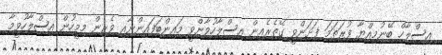
އިސްލާހް ބޭނުމިއްޔާ ފުރަތަމަ ފަށަންވީ ގޭތެރެއިން އިސްލާހުވާންވީ މައިންބަފައިންނާއި ވެރިން މިމީހުން އިސްލާހުވީމާ